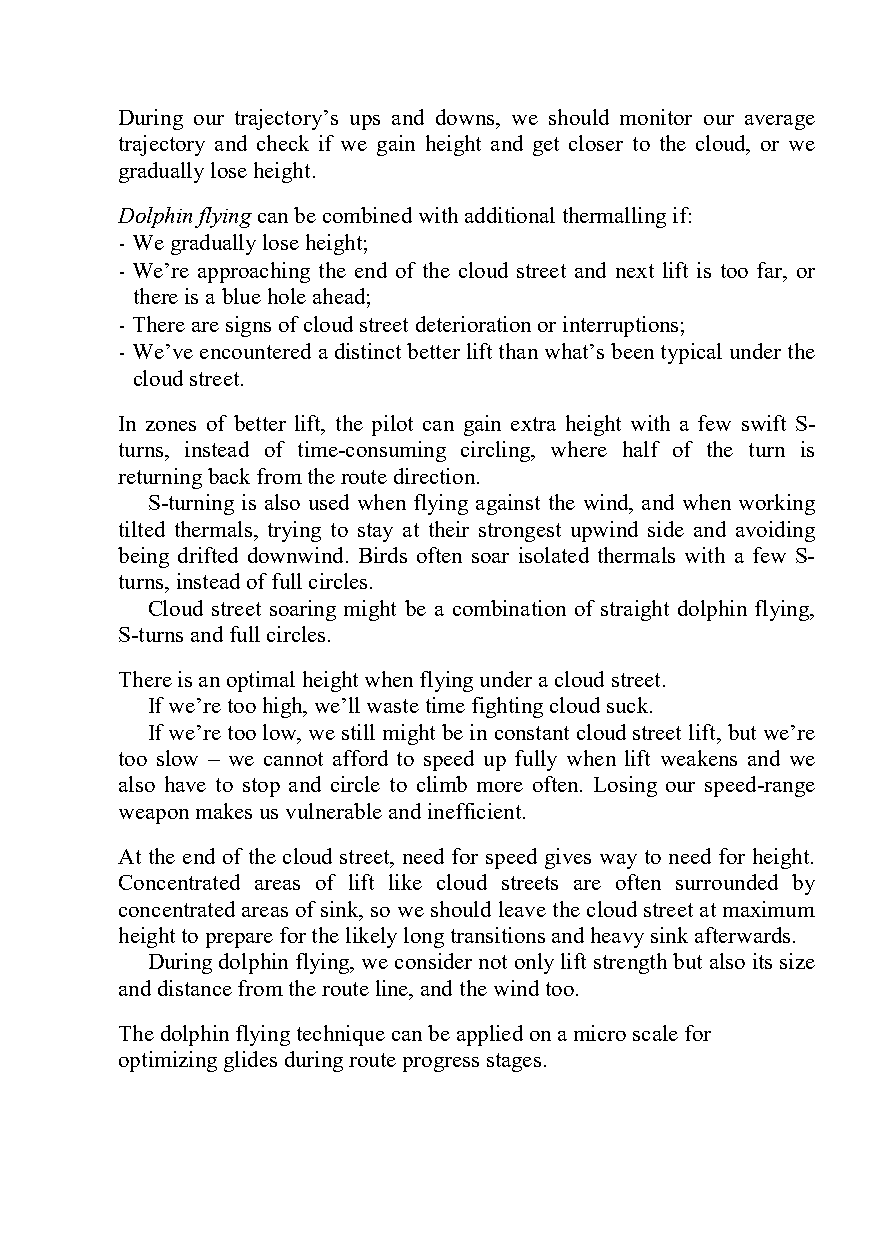
During our trajectory’s ups and downs, we should monitor our average
 trajectory and check if we gain height and get closer to the cloud, or we
 gradually lose height.
 Dolphin flying can be combined with additional thermalling if:
 - We gradually lose height;
 - We’re approaching the end of the cloud street and next lift is too far, or
 there is a blue hole ahead;
 - There are signs of cloud street deterioration or interruptions;
 - We’ve encountered a distinct better lift than what’s been typical under the
 cloud street.
 In zones of better lift, the pilot can gain extra height with a few swift S-
 turns, instead of time-consuming circling, where half of the turn is
 returning back from the route direction.
 S-turning is also used when flying against the wind, and when working
 tilted thermals, trying to stay at their strongest upwind side and avoiding
 being drifted downwind. Birds often soar isolated thermals with a few S-
 turns, instead of full circles.
 Cloud street soaring might be a combination of straight dolphin flying,
 S-turns and full circles.
 There is an optimal height when flying under a cloud street.
 If we’re too high, we’ll waste time fighting cloud suck.
 If we’re too low, we still might be in constant cloud street lift, but we’re
 too slow – we cannot afford to speed up fully when lift weakens and we
 also have to stop and circle to climb more often. Losing our speed-range
 weapon makes us vulnerable and inefficient.
 At the end of the cloud street, need for speed gives way to need for height.
 Concentrated areas of lift like cloud streets are often surrounded by
 concentrated areas of sink, so we should leave the cloud street at maximum
 height to prepare for the likely long transitions and heavy sink afterwards.
 During dolphin flying, we consider not only lift strength but also its size
 and distance from the route line, and the wind too.
 The dolphin flying technique can be applied on a micro scale for
 optimizing glides during route progress stages.